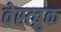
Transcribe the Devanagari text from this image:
वेस्त्ब्रुक